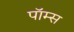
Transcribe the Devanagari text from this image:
पॉम्स